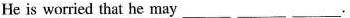
He is worried that he may ___